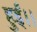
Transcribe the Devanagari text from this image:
हुईं।।